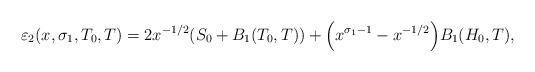
LaTeX: \begin{align*}\varepsilon_2(x, \sigma_1, T_0, T) = 2 x^{-1/2} (S_0 + B_1(T_0,T))+ \Big( x^{\sigma_1-1} - x^{-1/2} \Big)B_1(H_0, T),\end{align*}